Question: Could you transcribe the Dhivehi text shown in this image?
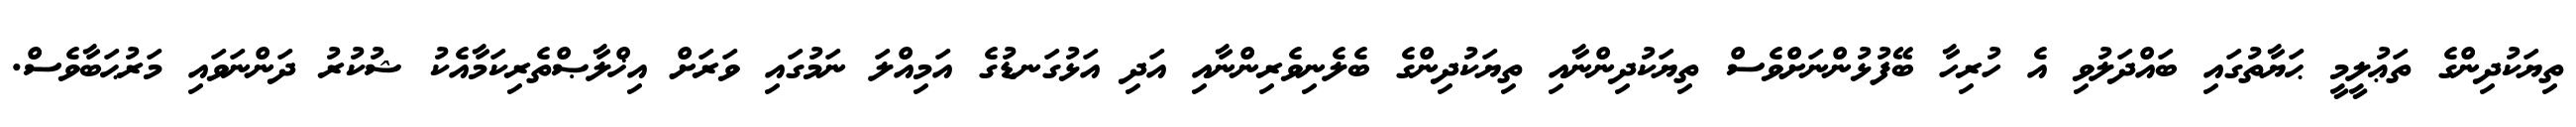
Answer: ތިޔަކުދިންގެ ތަޢުލީމީ ޙަޔާތުގައި ބައްދަލުވި އެ ހުރިހާ ބޭފުޅުންނަށްވެސް ތިޔަކުދިންނާއި ތިޔަކުދިންގެ ބެލެނިވެރިންނާއި އަދި އަޅުގަނޑުގެ އަމިއްލަ ނަމުގައި ވަރަށް އިޚްލާޞްތެރިކަމާއެކު ޝުކުރު ދަންނަވައި މަރުޙަބާވެސް.